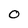
Character: O